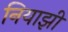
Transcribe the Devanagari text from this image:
नियाझी